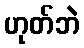
ဟုတ်ဘဲ